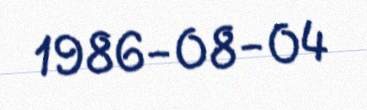
1986-08-04